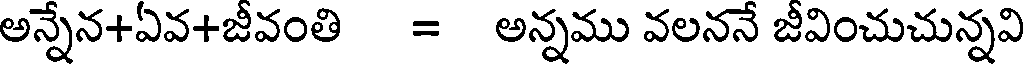
అన్నేన+ఏవ+జీవంతి = అన్నము వలననే జీవించుచున్నవి